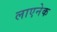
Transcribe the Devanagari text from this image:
लाएनेक